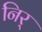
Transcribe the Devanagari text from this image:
निर्